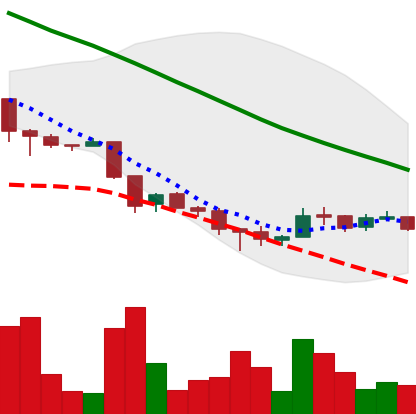
Ticker: ADA-USD
Chart end date: 2018-12-03
Forward return: -20.669%
Label: down_7plus